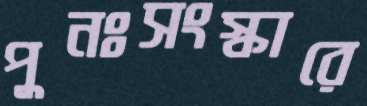
পুনঃসংস্কারে